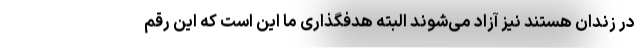
در زندان هستند نیز آزاد می‌شوند البته هدفگذاری ما این است که این رقم